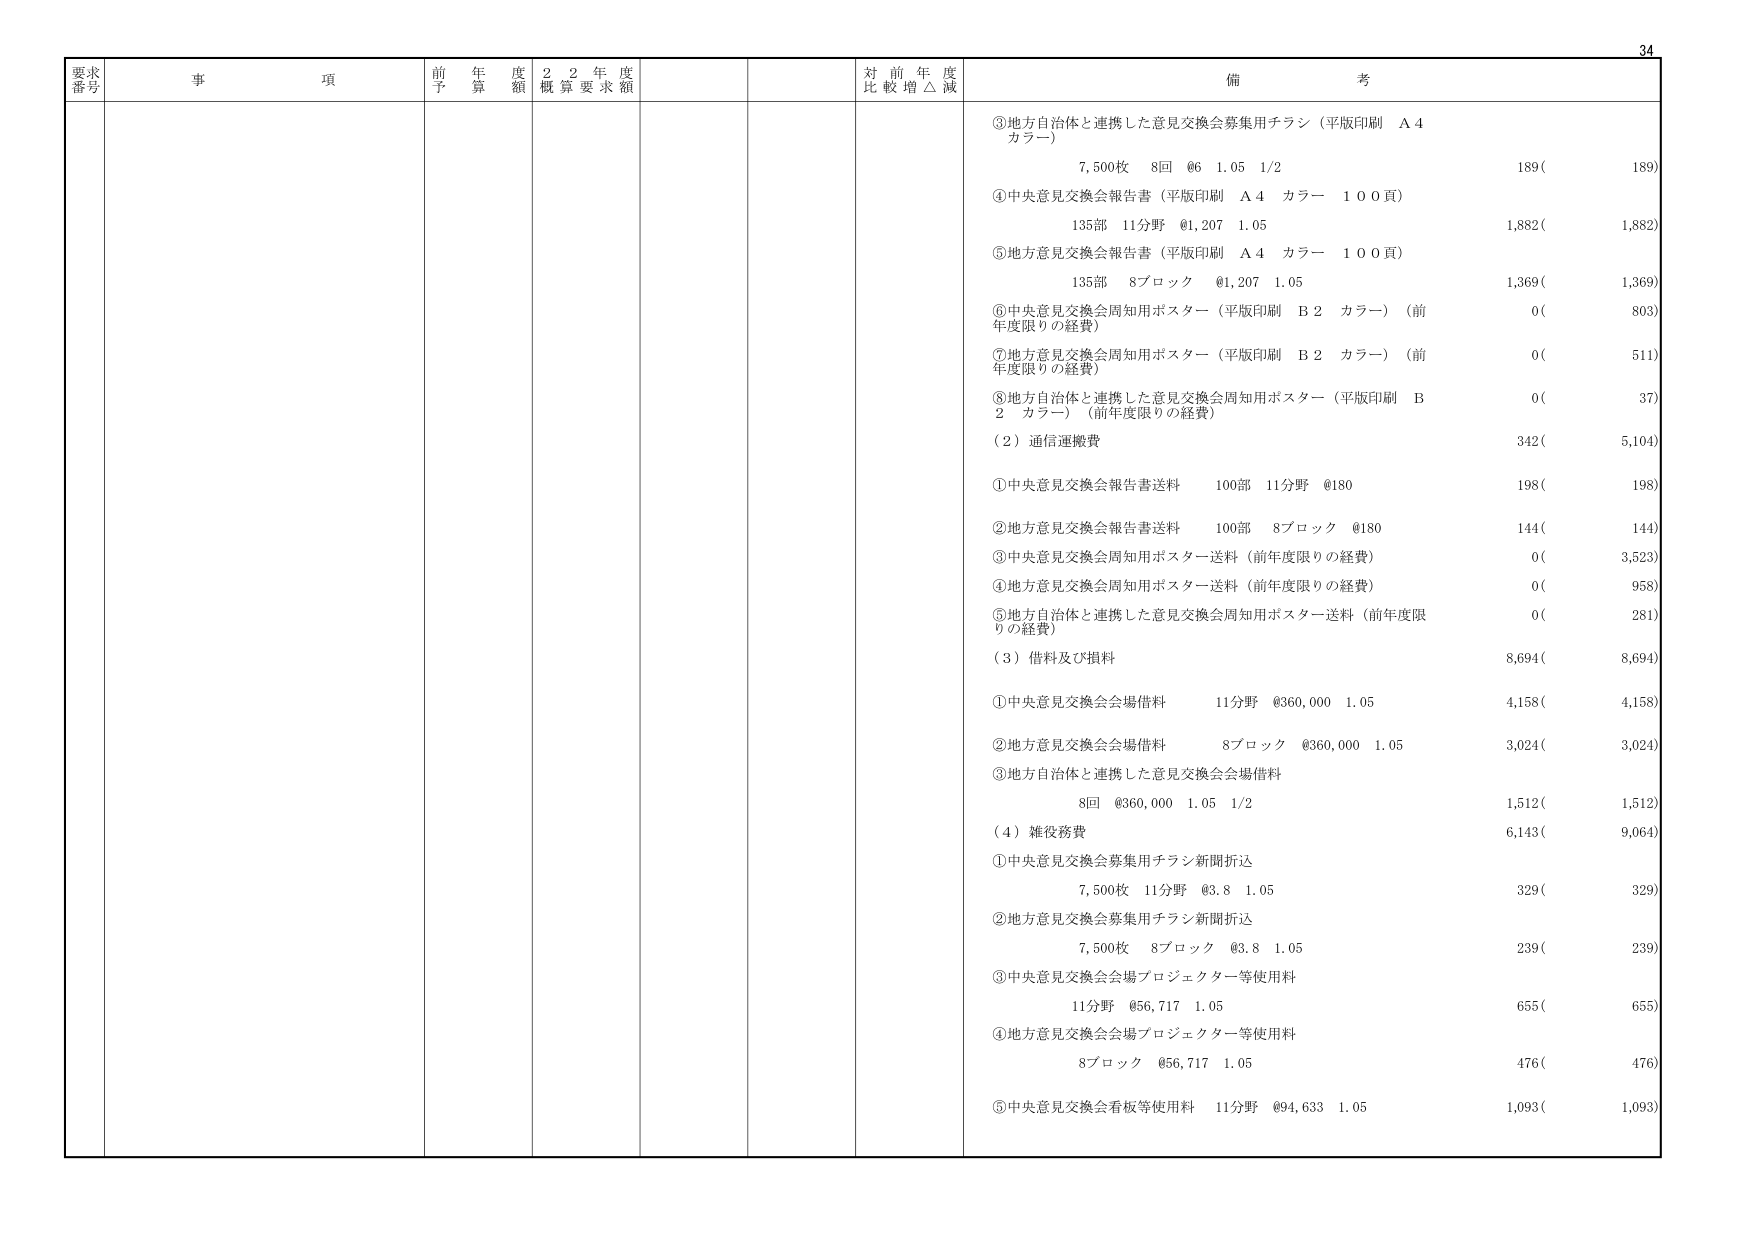
要求番号 事項 前年度予算額 22年度概算要求額 対前年度比較増△減 備考
③地方自治体と連携した意見交換会募集用チラシ（平版印刷 A4カラー）
7,500枚 8回 @6 1.05 1/2 189( 189)
④中央意見交換会報告書（平版印刷 A4 カラー 100頁）
135部 11分野 @1,207 1.05 1,882( 1,882)
⑤地方意見交換会報告書（平版印刷 A4 カラー 100頁）
135部 8ブロック @1,207 1.05 1,369( 1,369)
⑥中央意見交換会周知用ポスター（平版印刷 B2 カラー）（前年度限りの経費）
0( 803)
⑦地方意見交換会周知用ポスター（平版印刷 B2 カラー）（前年度限りの経費）
0( 511)
⑧地方自治体と連携した意見交換会周知用ポスター（平版印刷 B2 カラー）（前年度限りの経費）
0( 37)
（2）通信運搬費
①中央意見交換会報告書送料 100部 11分野 @180 198( 198)
②地方意見交換会報告書送料 100部 8ブロック @180 144( 144)
③中央意見交換会周知用ポスター送料（前年度限りの経費） 0( 3,523)
④地方意見交換会周知用ポスター送料（前年度限りの経費） 0( 958)
⑤地方自治体と連携した意見交換会周知用ポスター送料（前年度限りの経費） 0( 281)
（3）借料及び損料
①中央意見交換会会場借料 11分野 @360,000 1.05 4,158( 4,158)
②地方意見交換会会場借料 8ブロック @360,000 1.05 3,024( 3,024)
③地方自治体と連携した意見交換会会場借料 8回 @360,000 1.05 1/2 1,512( 1,512)
（4）雑役務費
①中央意見交換会募集用チラシ新聞折込 7,500枚 11分野 @3.8 1.05 329( 329)
②地方意見交換会募集用チラシ新聞折込 7,500枚 8ブロック @3.8 1.05 239( 239)
③中央意見交換会会場プロジェクター等使用料 11分野 @56,717 1.05 655( 655)
④地方意見交換会会場プロジェクター等使用料 8ブロック @56,717 1.05 476( 476)
⑤中央意見交換会看板等使用料 11分野 @94,633 1.05 1,093( 1,093)
34